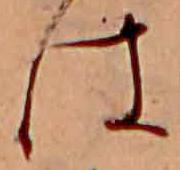
は